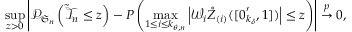
\operatorname* { s u p } _ { z > 0 } \left\vert \mathcal { P } _ { \mathfrak { S } _ { n } } \left( \mathcal { \tilde { T } } _ { n } \leq z \right) - P \left( \max _ { 1 \leq i \leq k _ { \theta , n } } \left\vert \mathcal { W } _ { i } \boldsymbol { \mathring { Z } } _ { ( i ) } ( [ \boldsymbol { 0 } _ { k _ { \delta } } ^ { \prime } , 1 ] ) \right\vert \leq z \right) \right\vert \overset { p } { \rightarrow } 0 ,